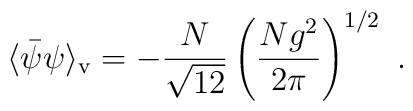
\langle \bar{\psi} \psi \rangle_{\rm v} = - \frac{N}{\sqrt{12}}\left( \frac{Ng^2}{2\pi} \right)^{1/2} \ .